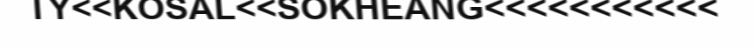
TY<<KOSAL<<SOKHEANG<<<<<<<<<<<